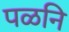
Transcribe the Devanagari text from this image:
पळनि